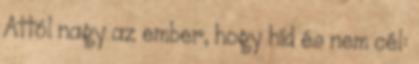
Attól nagy az ember, hogy híd és nem cél: